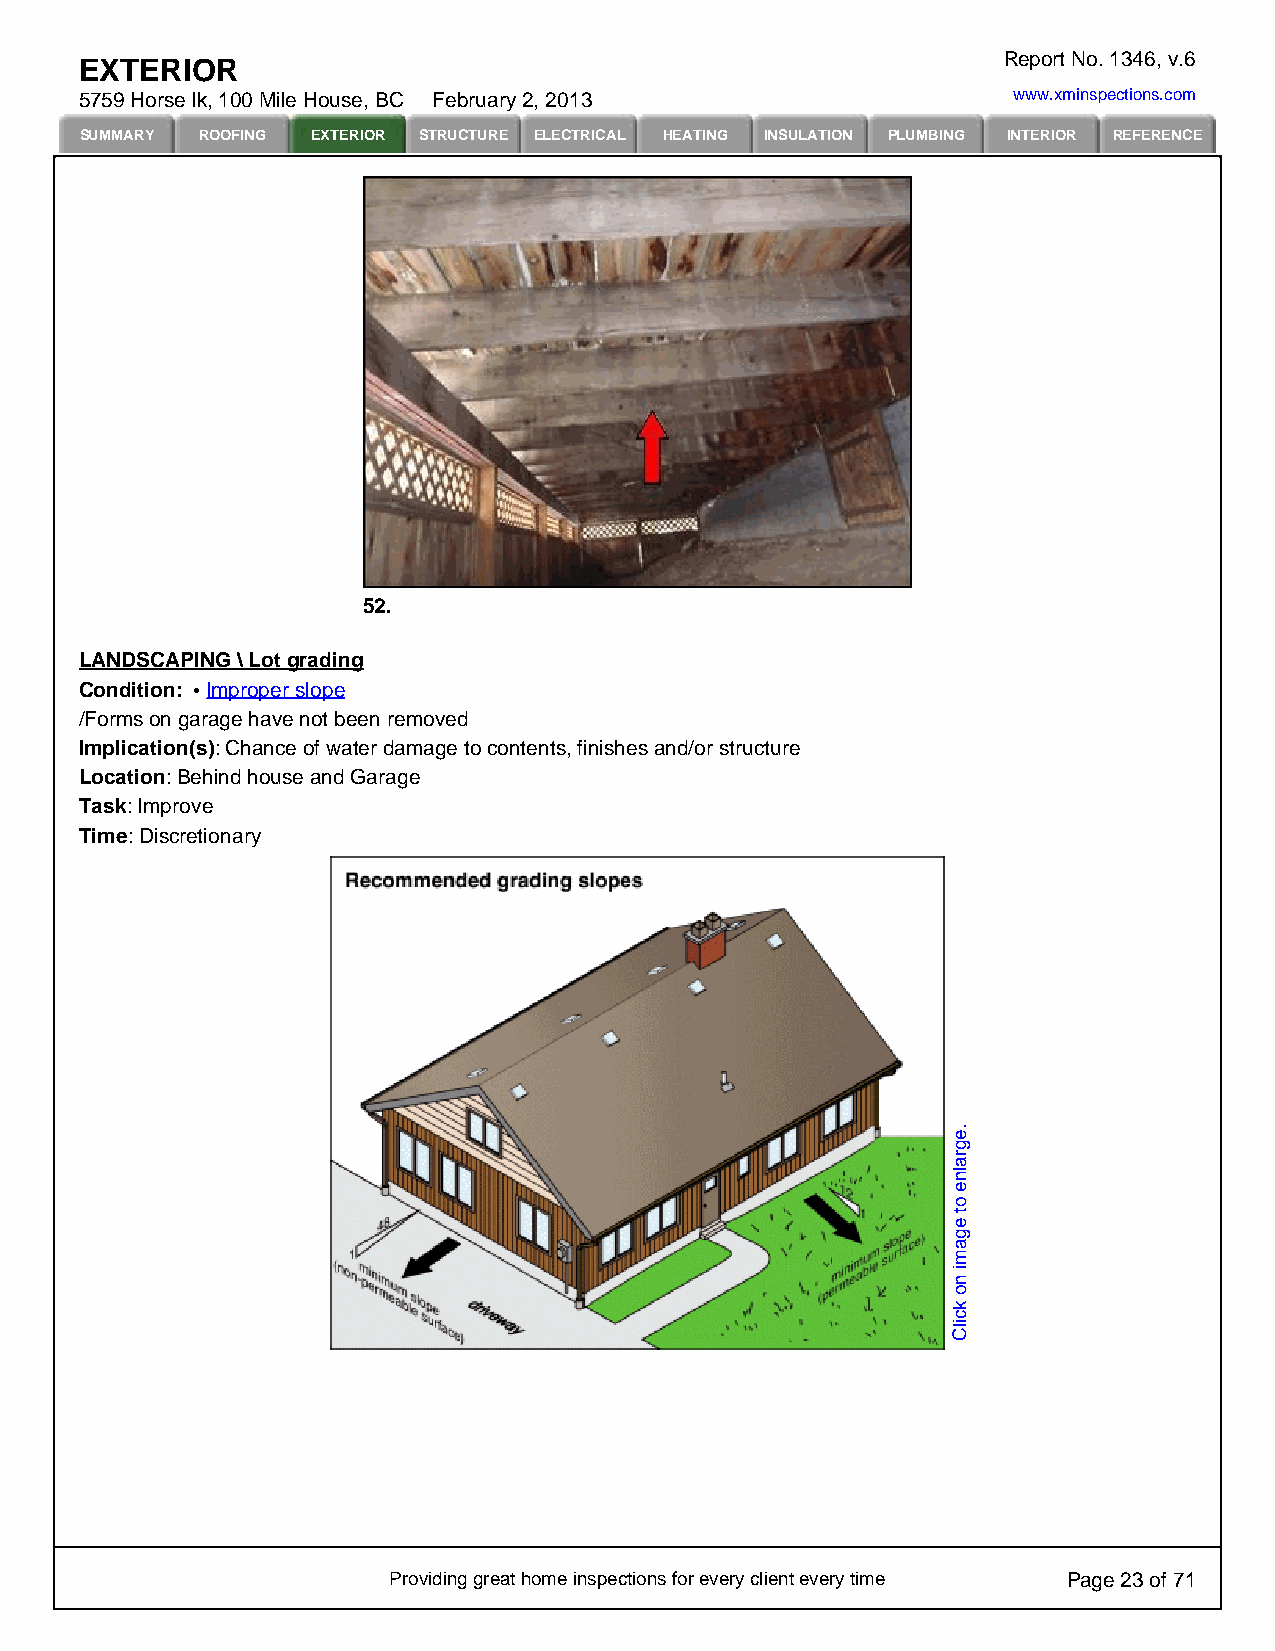
Report No. 1346, v.6
 EXTERIOR
 5759 Horse lk, 100 Mile House, BC February 2, 2013            www.xminspections.com
 SUMMARY ROOFING EXTERIOR STRUCTURE ELECTRICAL HEATING INSULATION PLUMBING INTERIOR REFERENCE
 52.
 LANDSCAPING \ Lot grading
 Condition: Improper slope
 /Forms on garage have not been removed
 Implication(s): Chance of water damage to contents, finishes and/or structure
 Location: Behind house and Garage
 Task: Improve
 Time: Discretionary
 Providing great home inspections for every client every time Page 23 of 71
 .egralne
 ot
 egami
 no
 kcilC